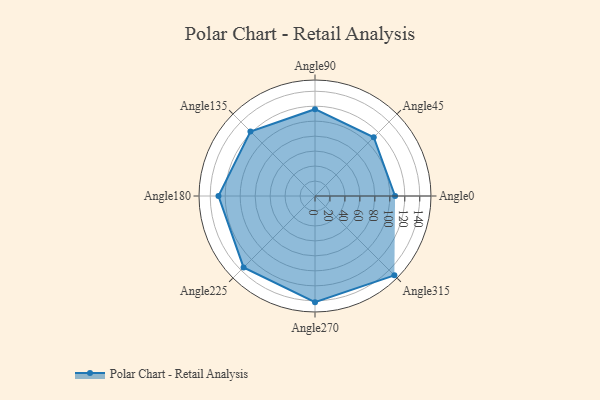
{"axis": {"x": "Angle", "y": "Radius"}, "legend": [""], "data": [{"x": "Angle0", "y": 107.0, "type": ""}, {"x": "Angle45", "y": 111.0, "type": ""}, {"x": "Angle90", "y": 116.0, "type": ""}, {"x": "Angle135", "y": 122.0, "type": ""}, {"x": "Angle180", "y": 129.0, "type": ""}, {"x": "Angle225", "y": 135.0, "type": ""}, {"x": "Angle270", "y": 142.0, "type": ""}, {"x": "Angle315", "y": 150.0, "type": ""}]}